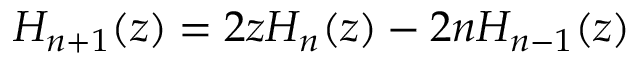
H _ { n + 1 } ( z ) = 2 z H _ { n } ( z ) - 2 n H _ { n - 1 } ( z )